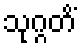
သုဂ္ဂတိံ